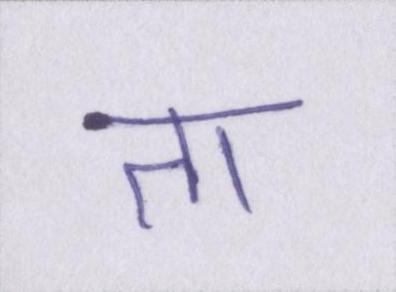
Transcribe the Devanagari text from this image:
ता